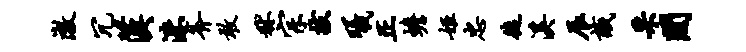
澈冗汉洙斧敢秫宗拔曦正蟾姬忠徒溪辰识采间